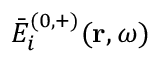
\bar { E } _ { i } ^ { ( 0 , + ) } ( \mathbf { r } , \omega )